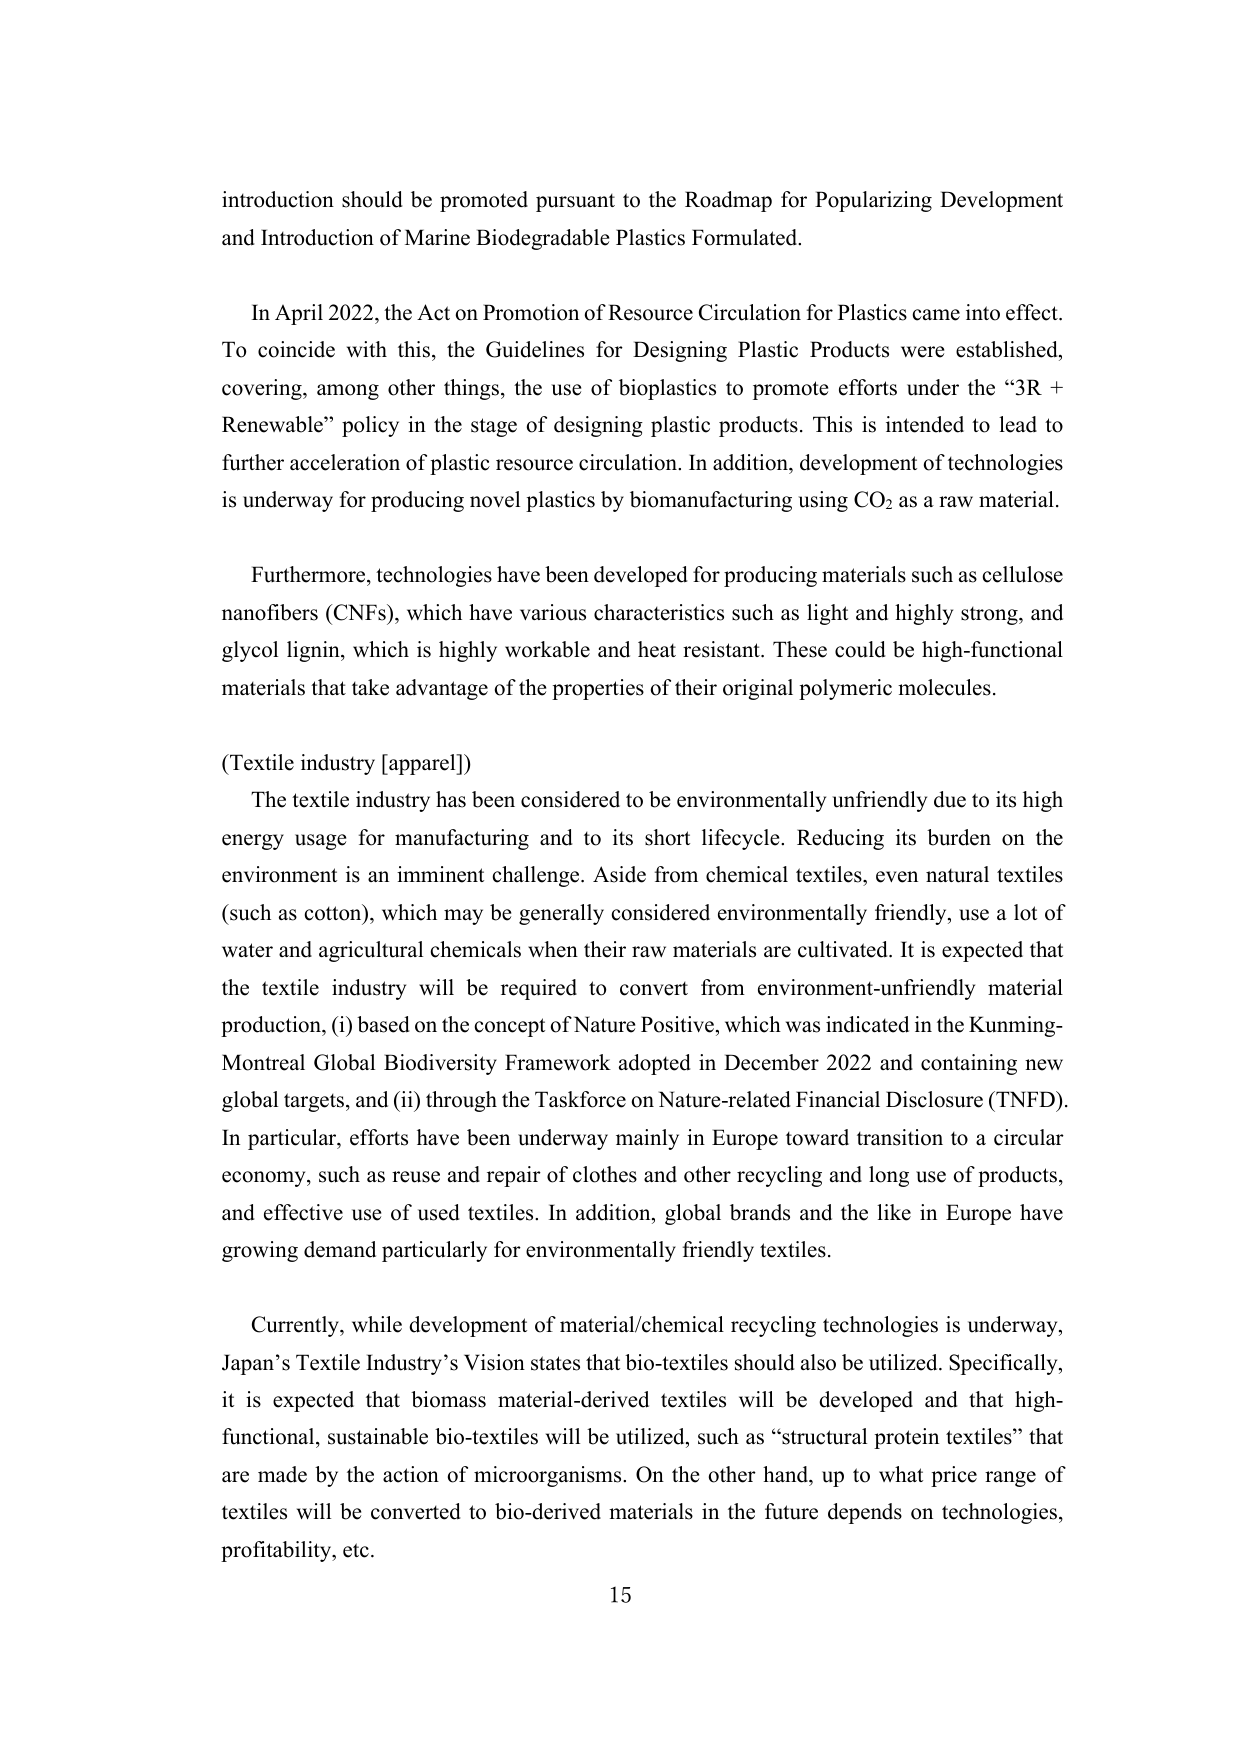
introduction should be promoted pursuant to the Roadmap for Popularizing Development and Introduction of Marine Biodegradable Plastics Formulated.

In April 2022, the Act on Promotion of Resource Circulation for Plastics came into effect. To coincide with this, the Guidelines for Designing Plastic Products were established, covering, among other things, the use of bioplastics to promote efforts under the “3R + Renewable” policy in the stage of designing plastic products. This is intended to lead to further acceleration of plastic resource circulation. In addition, development of technologies is underway for producing novel plastics by biomanufacturing using CO₂ as a raw material.

Furthermore, technologies have been developed for producing materials such as cellulose nanofibers (CNFs), which have various characteristics such as light and highly strong, and glycol lignin, which is highly workable and heat resistant. These could be high-functional materials that take advantage of the properties of their original polymeric molecules.

(Textile industry [apparel])
The textile industry has been considered to be environmentally unfriendly due to its high energy usage for manufacturing and to its short lifecycle. Reducing its burden on the environment is an imminent challenge. Aside from chemical textiles, even natural textiles (such as cotton), which may be generally considered environmentally friendly, use a lot of water and agricultural chemicals when their raw materials are cultivated. It is expected that the textile industry will be required to convert from environment-unfriendly material production, (i) based on the concept of Nature Positive, which was indicated in the Kunming-Montreal Global Biodiversity Framework adopted in December 2022 and containing new global targets, and (ii) through the Taskforce on Nature-related Financial Disclosure (TNFD). In particular, efforts have been underway mainly in Europe toward transition to a circular economy, such as reuse and repair of clothes and other recycling and long use of products, and effective use of used textiles. In addition, global brands and the like in Europe have growing demand particularly for environmentally friendly textiles.

Currently, while development of material/chemical recycling technologies is underway, Japan’s Textile Industry’s Vision states that bio-textiles should also be utilized. Specifically, it is expected that biomass material-derived textiles will be developed and that high-functional, sustainable bio-textiles will be utilized, such as “structural protein textiles” that are made by the action of microorganisms. On the other hand, up to what price range of textiles will be converted to bio-derived materials in the future depends on technologies, profitability, etc.

15